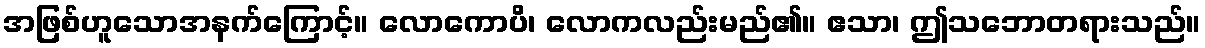
အဖြစ်ဟူသောအနက်ကြောင့်။ လောကောပိ၊ လောကလည်းမည်၏။ ဧသာ၊ ဤသဘောတရားသည်။